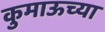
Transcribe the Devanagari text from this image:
कुमाऊच्या